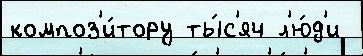
композ'и́тору ты́с'яч л'ю́д'и